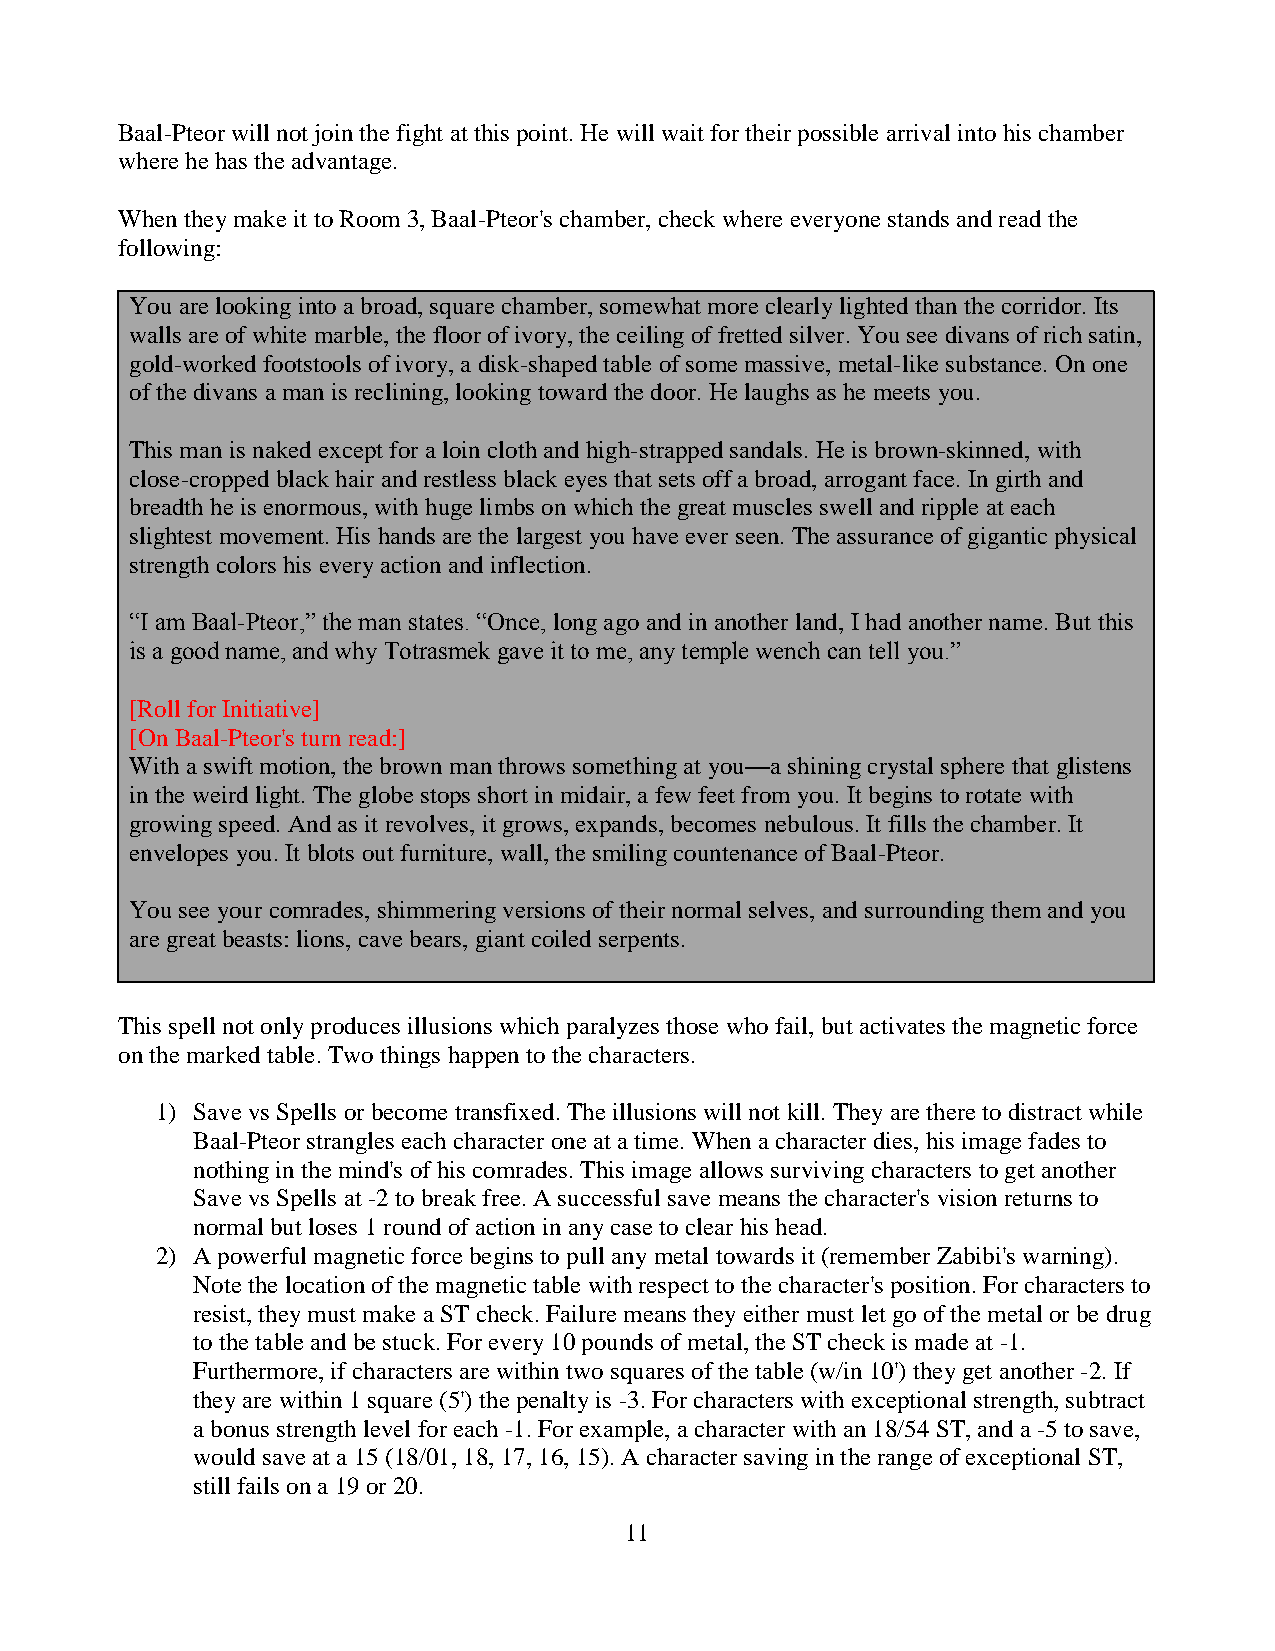
Baal-Pteor will not join the fight at this point. He will wait for their possible arrival into his chamber
 where he has the advantage.
 When they make it to Room 3, Baal-Pteor's chamber, check where everyone stands and read the
 following:
 You are looking into a broad, square chamber, somewhat more clearly lighted than the corridor. Its
 walls are of white marble, the floor of ivory, the ceiling of fretted silver. You see divans of rich satin,
 gold-worked footstools of ivory, a disk-shaped table of some massive, metal-like substance. On one
 of the divans a man is reclining, looking toward the door. He laughs as he meets you.
 This man is naked except for a loin cloth and high-strapped sandals. He is brown-skinned, with
 close-cropped black hair and restless black eyes that sets off a broad, arrogant face. In girth and
 breadth he is enormous, with huge limbs on which the great muscles swell and ripple at each
 slightest movement. His hands are the largest you have ever seen. The assurance of gigantic physical
 strength colors his every action and inflection.
 “I am Baal-Pteor,” the man states. “Once, long ago and in another land, I had another name. But this
 is a good name, and why Totrasmek gave it to me, any temple wench can tell you.”
 [Roll for Initiative]
 [On Baal-Pteor's turn read:]
 With a swift motion, the brown man throws something at you—a shining crystal sphere that glistens
 in the weird light. The globe stops short in midair, a few feet from you. It begins to rotate with
 growing speed. And as it revolves, it grows, expands, becomes nebulous. It fills the chamber. It
 envelopes you. It blots out furniture, wall, the smiling countenance of Baal-Pteor.
 You see your comrades, shimmering versions of their normal selves, and surrounding them and you
 are great beasts: lions, cave bears, giant coiled serpents.
 This spell not only produces illusions which paralyzes those who fail, but activates the magnetic force
 on the marked table. Two things happen to the characters.
 1) Save vs Spells or become transfixed. The illusions will not kill. They are there to distract while
 Baal-Pteor strangles each character one at a time. When a character dies, his image fades to
 nothing in the mind's of his comrades. This image allows surviving characters to get another
 Save vs Spells at -2 to break free. A successful save means the character's vision returns to
 normal but loses 1 round of action in any case to clear his head.
 2) A powerful magnetic force begins to pull any metal towards it (remember Zabibi's warning).
 Note the location of the magnetic table with respect to the character's position. For characters to
 resist, they must make a ST check. Failure means they either must let go of the metal or be drug
 to the table and be stuck. For every 10 pounds of metal, the ST check is made at -1.
 Furthermore, if characters are within two squares of the table (w/in 10') they get another -2. If
 they are within 1 square (5') the penalty is -3. For characters with exceptional strength, subtract
 a bonus strength level for each -1. For example, a character with an 18/54 ST, and a -5 to save,
 would save at a 15 (18/01, 18, 17, 16, 15). A character saving in the range of exceptional ST,
 still fails on a 19 or 20.
 11